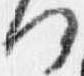
何